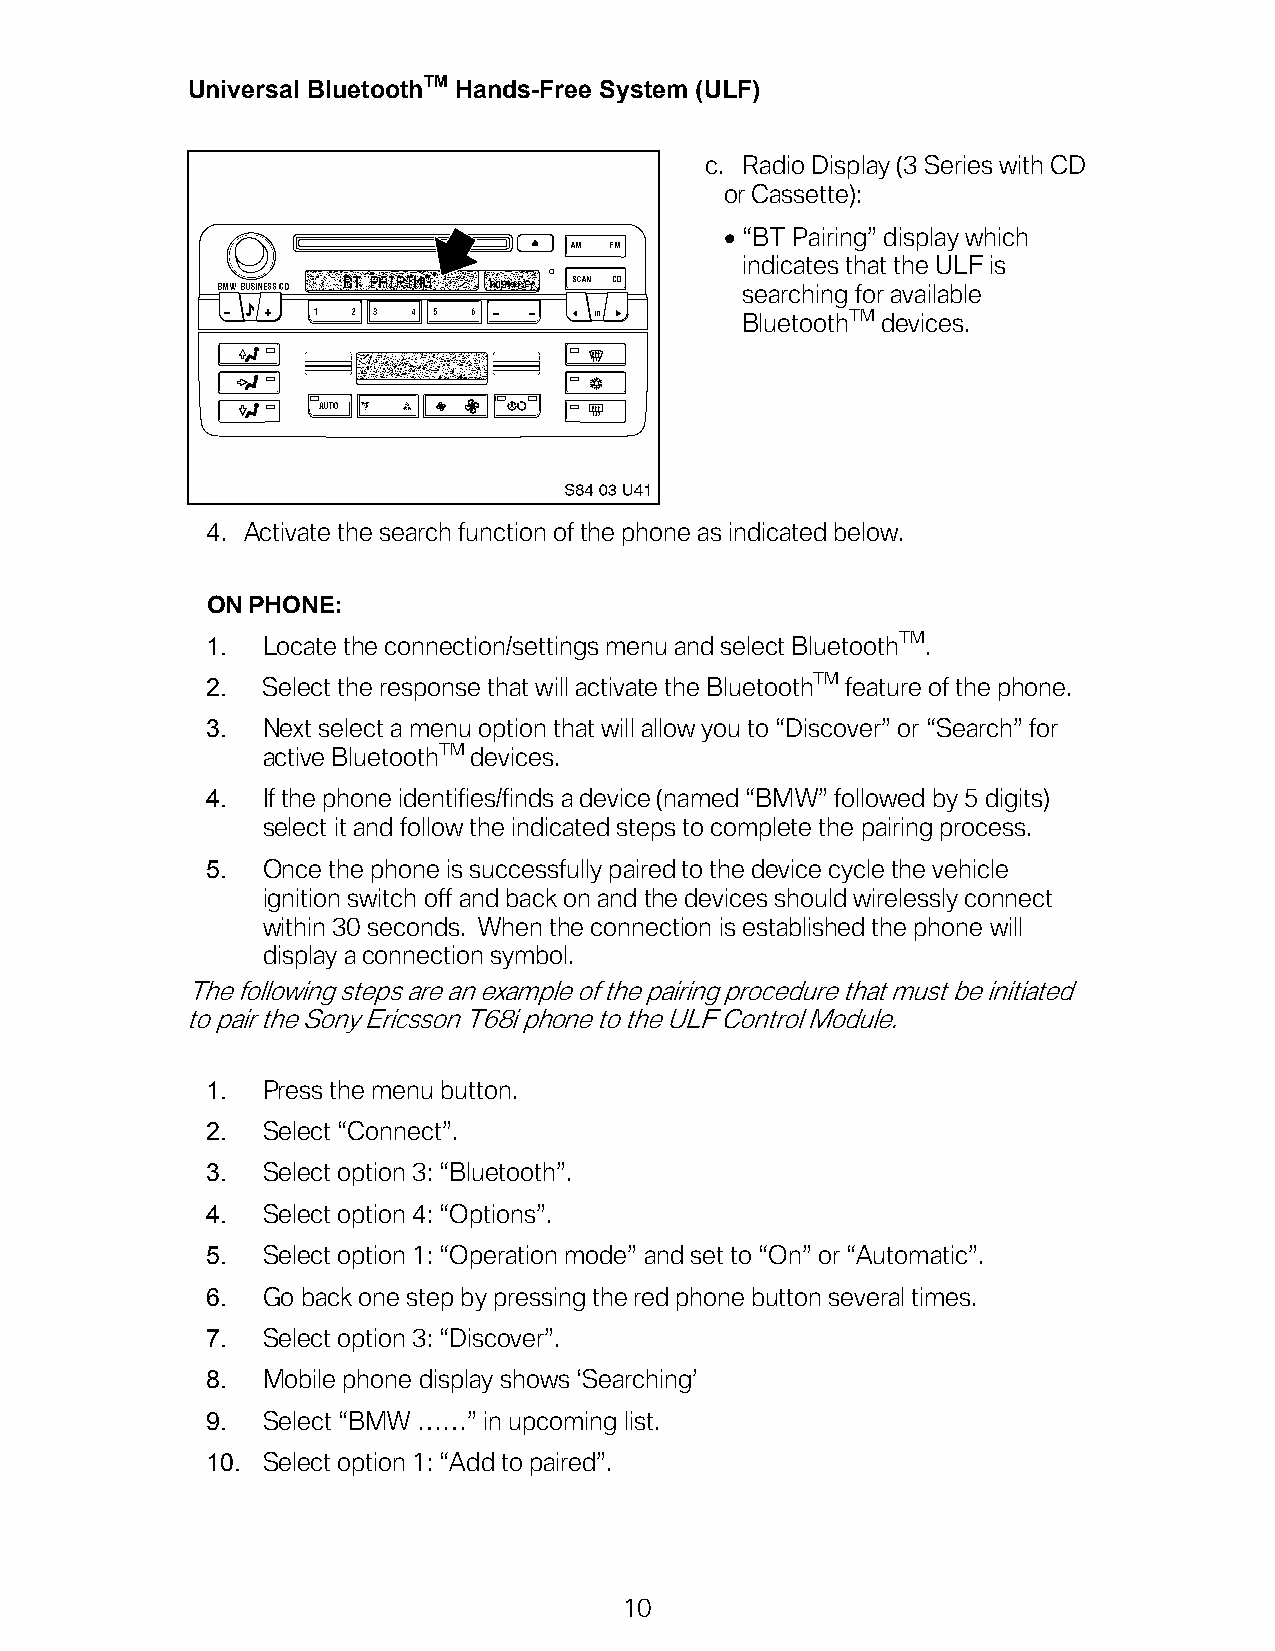
Universal BluetoothTM Hands-Free System (ULF)
 c. Radio Display (3 Series with CD
 or Cassette):
 • “BT Pairing” display which
 indicates that the ULF is
 searching for available
 BluetoothTM devices.
 4. Activate the search function of the phone as indicated below.
 ON PHONE:
 1. Locate the connection/settings menu and select BluetoothTM.
 2. Select the response that will activate the BluetoothTM feature of the phone.
 3. Next select a menu option that will allow you to “Discover” or “Search” for
 active BluetoothTM devices.
 4. If the phone identifies/finds a device (named “BMW” followed by 5 digits)
 select it and follow the indicated steps to complete the pairing process.
 5. Once the phone is successfully paired to the device cycle the vehicle
 ignition switch off and back on and the devices should wirelessly connect
 within 30 seconds. When the connection is established the phone will
 display a connection symbol.
 The following steps are an example of the pairing procedure that must be initiated
 to pair the Sony Ericsson T68i phone to the ULF Control Module.
 1. Press the menu button.
 2. Select “Connect”.
 3. Select option 3: “Bluetooth”.
 4. Select option 4: “Options”.
 5. Select option 1: “Operation mode” and set to “On” or “Automatic”.
 6. Go back one step by pressing the red phone button several times.
 7. Select option 3: “Discover”.
 8. Mobile phone display shows ‘Searching’
 9. Select “BMW ……” in upcoming list.
 10. Select option 1: “Add to paired”.
 10